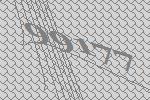
99177